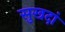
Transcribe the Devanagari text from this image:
सुखदां